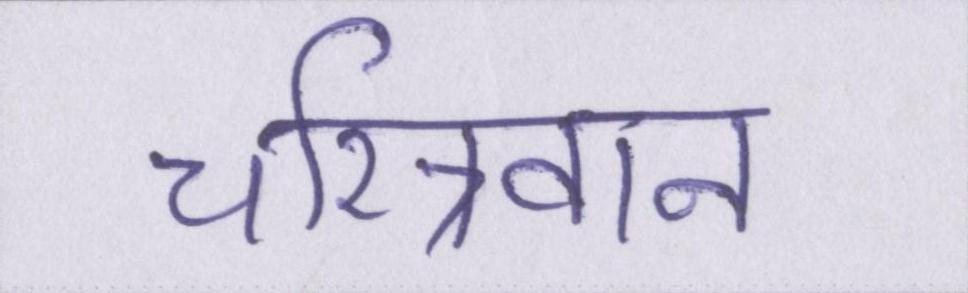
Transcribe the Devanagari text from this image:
चरित्रवान